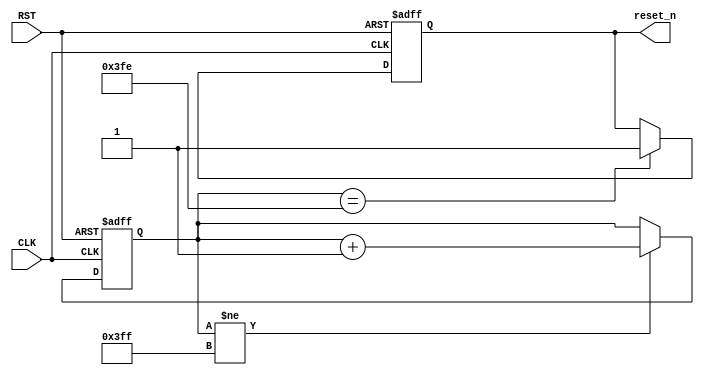
module	Start_Delay(CLK,RST,reset_n);
input		CLK;
input		RST;
output reg	reset_n;


reg	[9:0]	Cont;

always@(posedge CLK or posedge RST)
begin
	if(RST)
	begin
		Cont	<=	0;
		reset_n	<=	0;
	end
	else
	begin
		if(Cont!=10'h3FF)
			Cont	<=	Cont+1;
			
		if(Cont==10'h3FE)
			reset_n	<=	1;

	end
end

endmodule